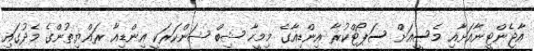
އާޖެންޓީނާއަށާއި މެސީއަށް ސަޕޯޓްކުރާ އިންޑިއާގެ މިމީހާ ޝިބް ޝަންކަރަކީ އިންޑިއާ ރައްޔިތުންގެ މެދުގައި